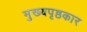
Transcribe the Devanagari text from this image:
मुख्यपृष्ठकार